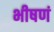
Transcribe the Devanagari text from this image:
भीषणं